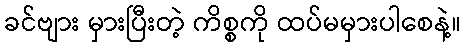
ခင်ဗျား မှားပြီးတဲ့ ကိစ္စကို ထပ်မမှားပါစေနဲ့။